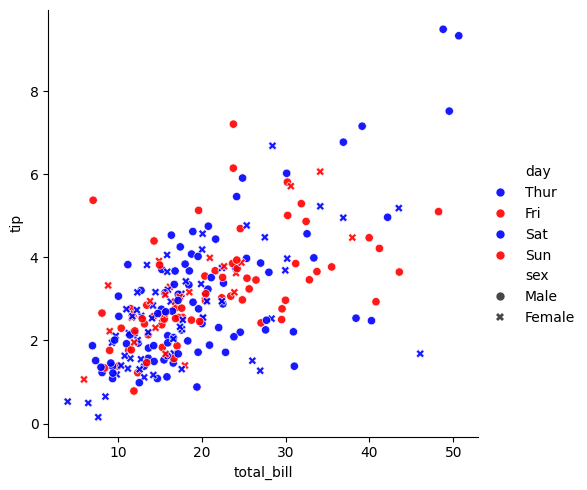
python, seaborn, relplot, alpha=0.9